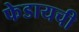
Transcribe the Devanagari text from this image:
फेडायची